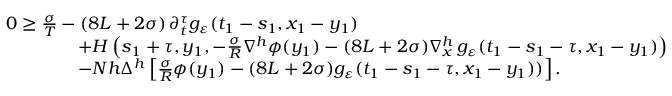
\begin{array} { r l } & { 0 \geq \frac { \sigma } { T } - ( 8 L + 2 \sigma ) \, \partial _ { t } ^ { \tau } g _ { \varepsilon } ( t _ { 1 } - s _ { 1 } , x _ { 1 } - y _ { 1 } ) } \\ & { \qquad \qquad + H \left( s _ { 1 } + \tau , y _ { 1 } , - \frac \sigma { R } \nabla ^ { h } \phi ( y _ { 1 } ) - ( 8 L + 2 \sigma ) \nabla _ { x } ^ { h } \, g _ { \varepsilon } ( t _ { 1 } - s _ { 1 } - \tau , x _ { 1 } - y _ { 1 } ) \right) } \\ & { \qquad \qquad - N h \Delta ^ { h } \left[ \frac { \sigma } { R } \phi ( y _ { 1 } ) - ( 8 L + 2 \sigma ) g _ { \varepsilon } ( t _ { 1 } - s _ { 1 } - \tau , x _ { 1 } - y _ { 1 } ) ) \right] . } \end{array}